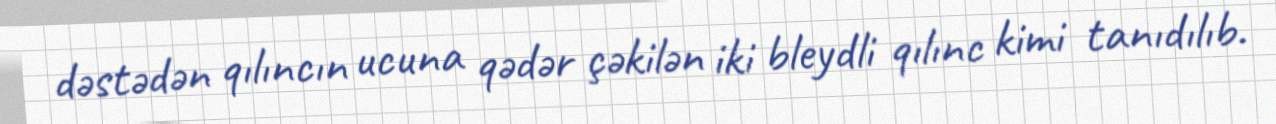
dəstədən qılıncın ucuna qədər çəkilən iki bleydli qılınc kimi tanıdılıb.